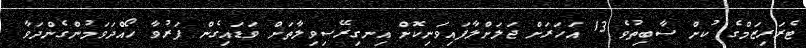
ޓެރަރިޒަމްގެ ކުށް ސާބިތުވެ 13 އަހަރަށް ޖަލަށްލާފައިވަނިކޮށް އިނގިރޭސިވިލާތަށް ވަޑައިގެން ފަރުވާ ހޯއްދަވަމުންގެންދަވާ